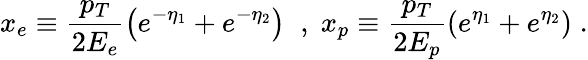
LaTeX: x_{e}\equiv\frac{p_{T}}{2E_{e}}\left(e^{-\eta_{1}}+e^{-\eta_{2}}\right)\; \; ,\; x_{p}\equiv\frac{p_{T}}{2E_{p}}\left(e^{\eta_{1}}+e^{\eta_{2}}\right)\; .